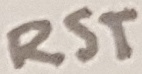
Text: RST